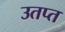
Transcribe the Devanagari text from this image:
उतप्त